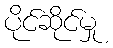
ပိုင်ဆိုင်မှု